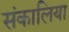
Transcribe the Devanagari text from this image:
संकालिया